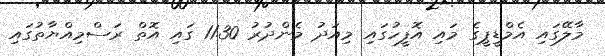
މާލޭގައި އެމްޑީޕީގެ މައި އޮފީހުގައި މިއަދު މެންދުރު 11.30 ގައި އޮތް ރަސްމިއްޔާތުގައި